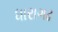
ધારાગઢ